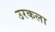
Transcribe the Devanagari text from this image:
उरकला